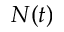
N ( t )